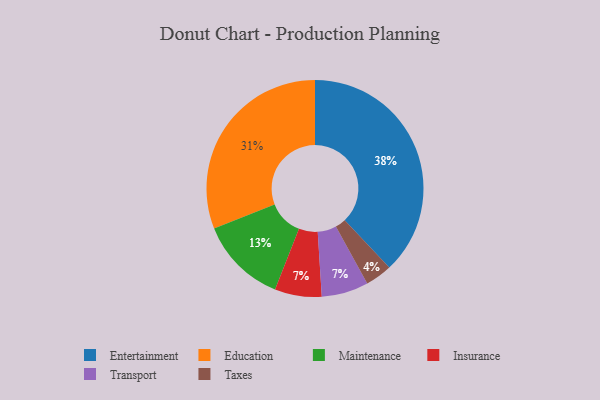
{"axis": {"x": "Category", "y": "Percentage"}, "legend": ["Education", "Entertainment", "Insurance", "Maintenance", "Taxes", "Transport"], "data": [{"x": "Taxes", "y": 4, "type": "Taxes"}, {"x": "Insurance", "y": 7, "type": "Insurance"}, {"x": "Education", "y": 31, "type": "Education"}, {"x": "Entertainment", "y": 38, "type": "Entertainment"}, {"x": "Transport", "y": 7, "type": "Transport"}, {"x": "Maintenance", "y": 13, "type": "Maintenance"}]}